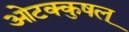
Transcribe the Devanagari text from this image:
ओटक्कुषल्